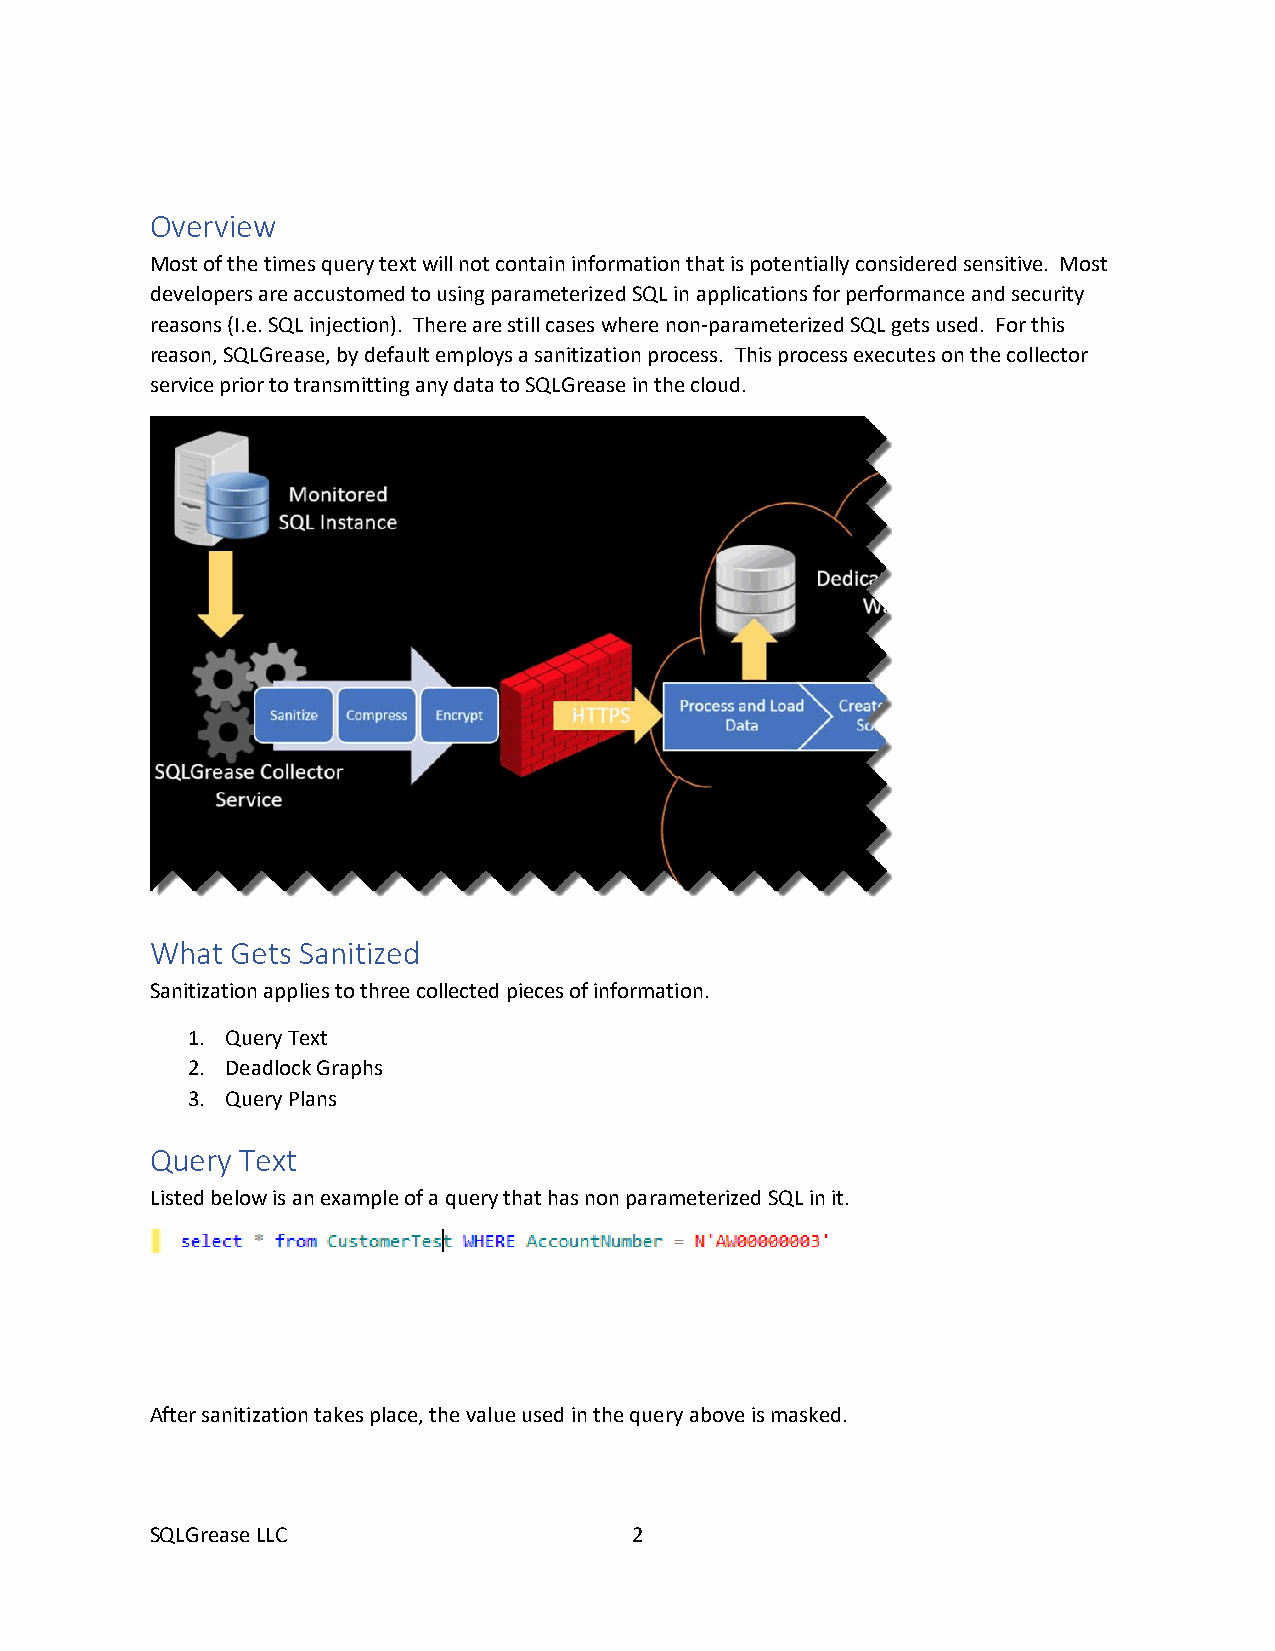
Overview
 Most of the times query text will not contain information that is potentially considered sensitive. Most
 developers are accustomed to using parameterized SQL in applications for performance and security
 reasons (I.e. SQL injection). There are still cases where non-parameterized SQL gets used. For this
 reason, SQLGrease, by default employs a sanitization process. This process executes on the collector
 service prior to transmitting any data to SQLGrease in the cloud.
 What Gets Sanitized
 Sanitization applies to three collected pieces of information.
 1. Query Text
 2. Deadlock Graphs
 3. Query Plans
 Query Text
 Listed below is an example of a query that has non parameterized SQL in it.
 After sanitization takes place, the value used in the query above is masked.
 SQLGrease LLC                   2